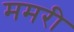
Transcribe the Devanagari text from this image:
ममरी